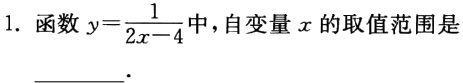
1. 函数$y = \frac{1}{2x - 4}$中，自变量$x$的取值范围是___.